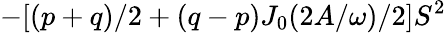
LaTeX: -[(p+q)/2+(q-p)J_{0}(2A/\omega)/2]S^{2}